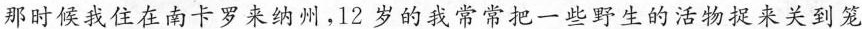
那时候我住在南卡罗来纳州，12岁的我常常把一些野生的活物捉来关到笼